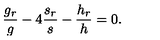
\frac { g _ { r } } { g } - 4 \frac { s _ { r } } { s } - \frac { h _ { r } } { h } = 0 .